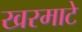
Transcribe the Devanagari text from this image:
खरमाटे